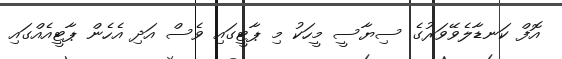
އޮފް ކަނޑާލެވޭވަރުގެ ސިޔާސީ މީހަކު މި ޕާޓީގައި ވެސް އަދި އެހެން ޕާޓީއެއްގައި